Kominterni_Eesti_sektsioon_Moskvas, lk 16
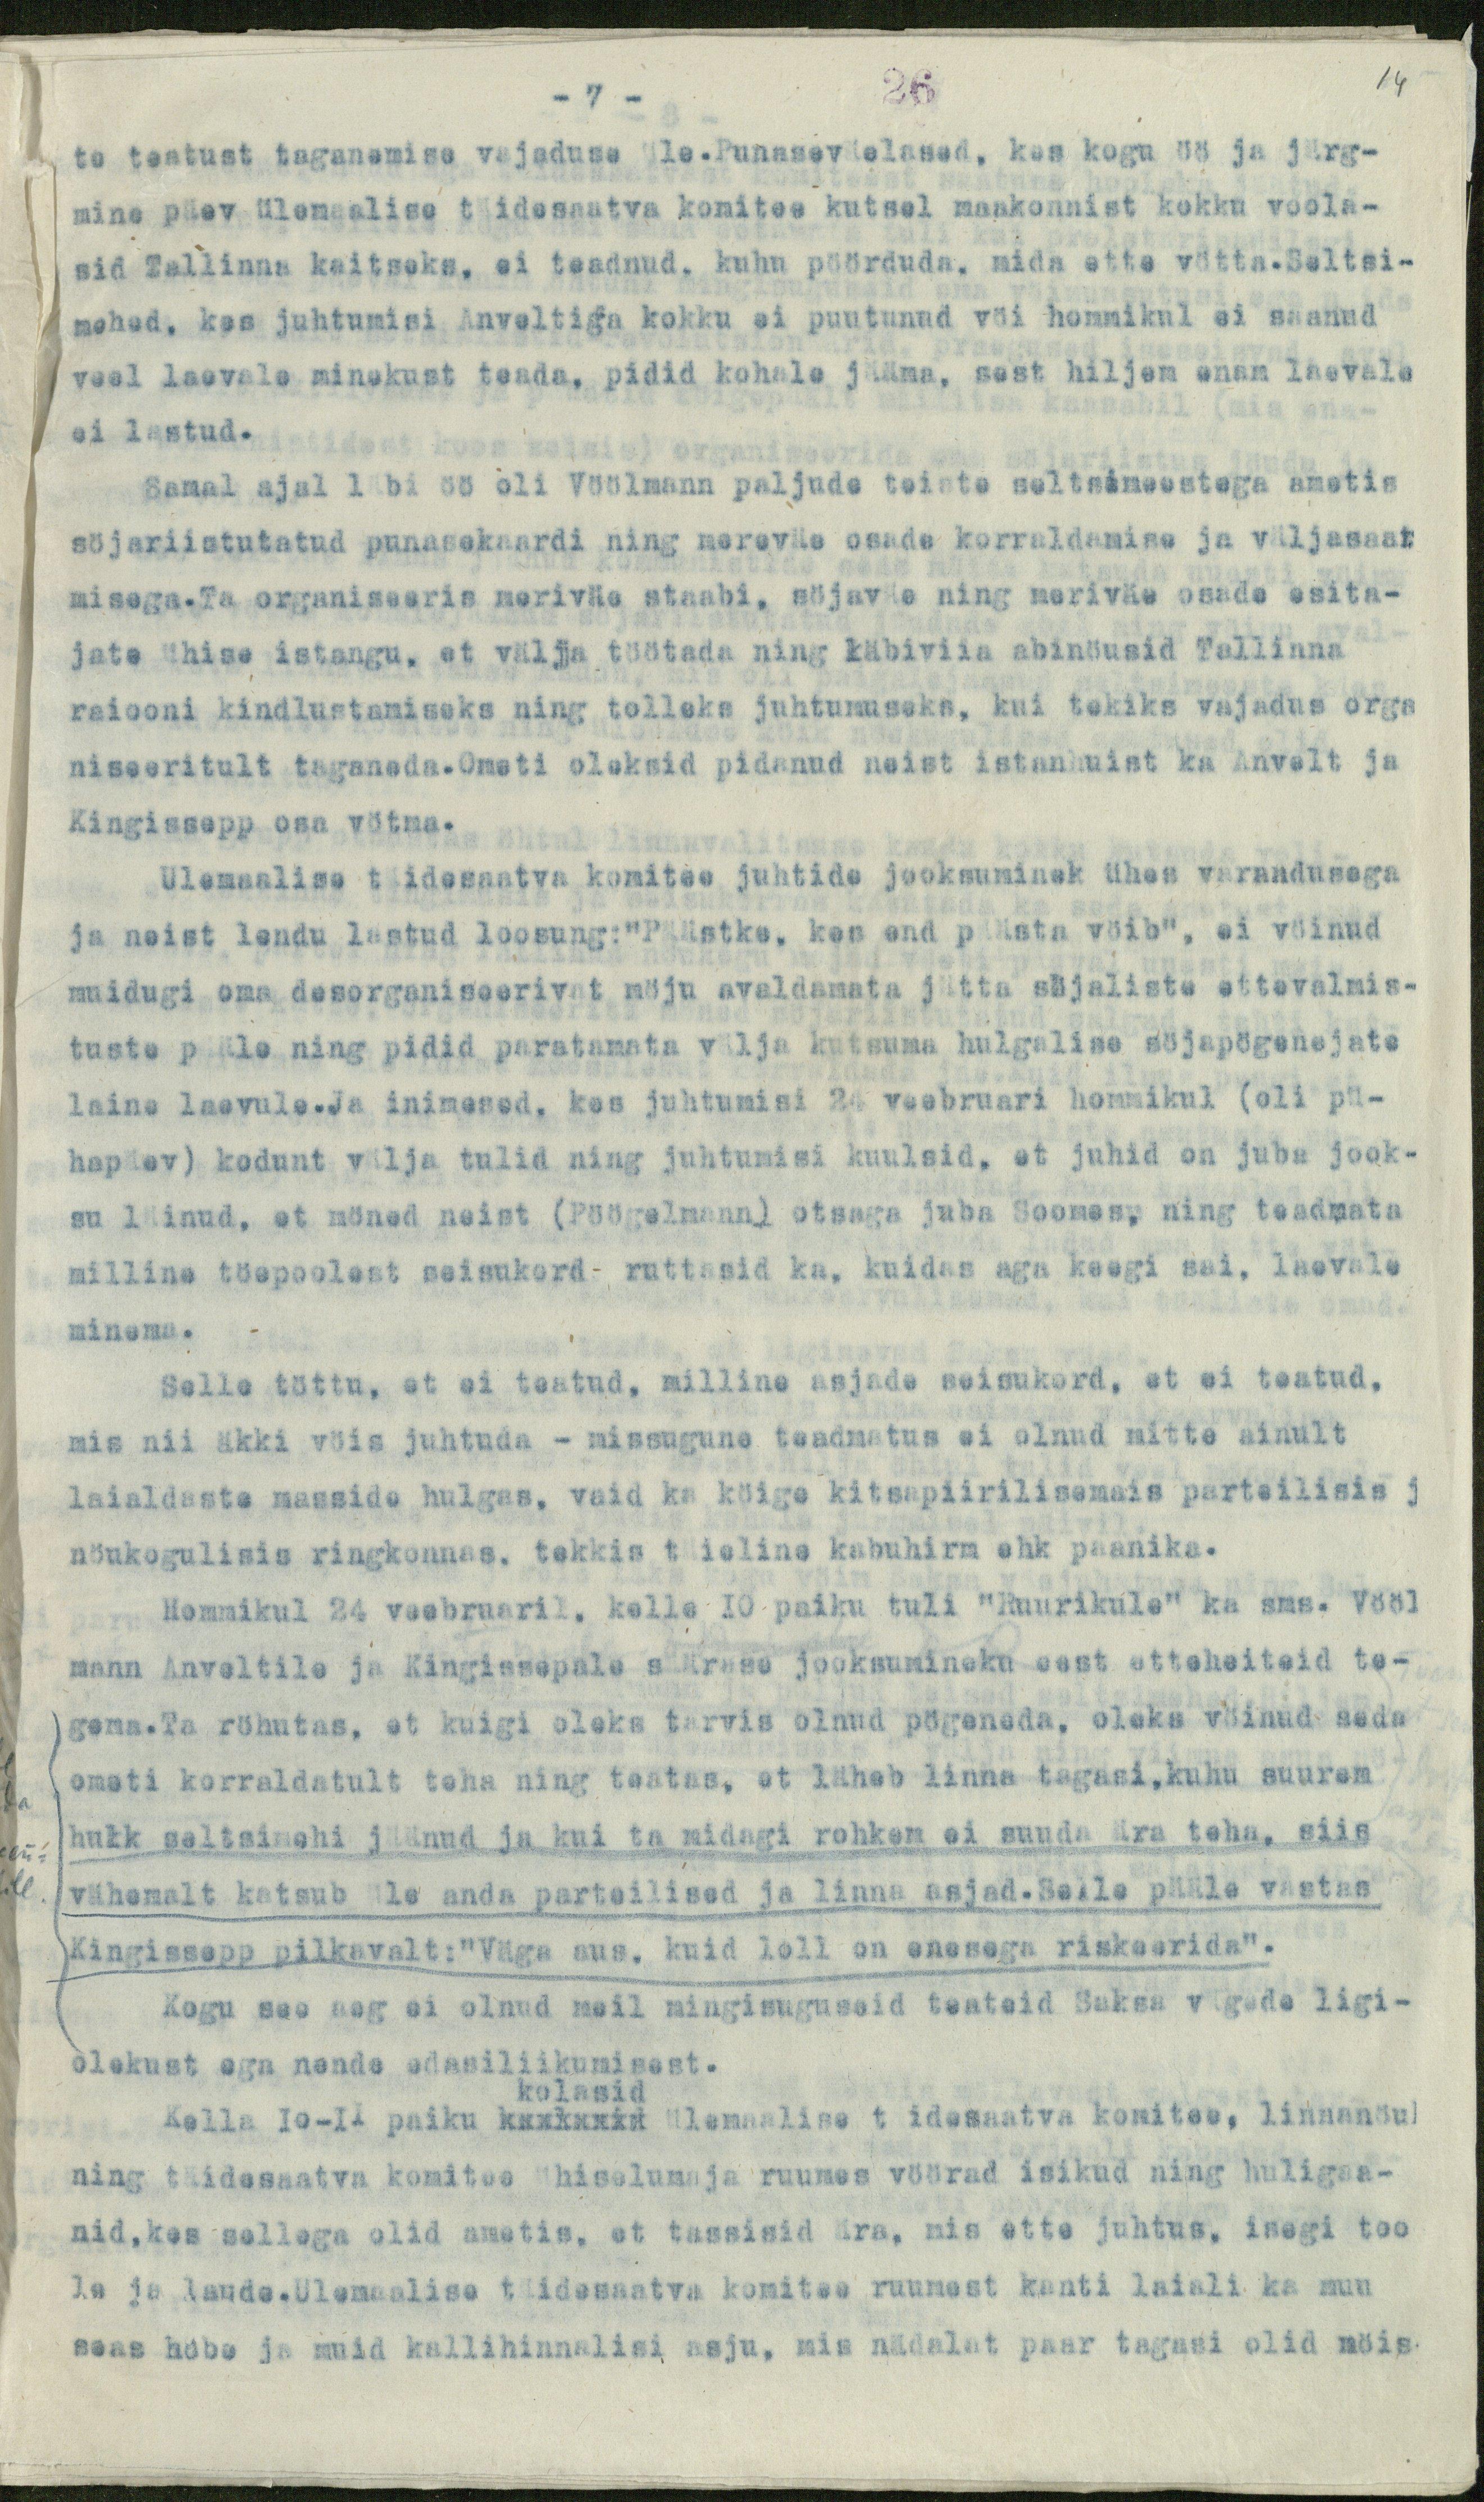
- 7 -
26
14
te teatust taganemise vajaduse üle.Punaseväelased, kes kogu öö ja järg-
mine päev ülemaalise täidesaatva komitee kutsel maakonnist kokku voola-
sid Tallinna kaitseks, ei teadnud, kuhu pöörduda, mida ette vötta.Seltsi-
mehed, kes juhtumisi Anveltiga kokku ei puutunud vöi hommikul ei saanud
veel laevale minekust teada, pidid kohale jääma, sest hiljem enam laevale
ei lastud.
Samal ajal läbi öö oli Vöölmann paljude teiste seltsimeestega ametis
söjariistutatud punasekaardi ning mereväe osade korraldamise ja väljasaat
misega. Ta organiseeris meriväe staabi, söjaväe ning meriväe osade esita-
jate ühise istangu, et välja töötada ning läbiviia abinöusid Tallinna
raiooni kindlustamiseks ning tolleks juhtumuseks, kui tekiks vajadus orga
niseeritult taganeda.Ometi oleksid pidanud neist istanhuist ka Anvelt ja
Kingissepp osa vötma.
Ulemaalise täidesaatva komitee juhtide jooksuminek ühes varandusega
ja neist lendu lastud loosung: "Päästke, kes end päästa vöib", ei vöinud
muidugi oma desorganiseerivat möju avaldamata jätta söjaliste ettevalmis-
tuste pääle ning pidid paratamata välja kutsuma hulgalise söjapögenejate
laine laevule.Ja inimesed, kes juhtumisi 24 veebruari hommikul (oli pü-
hapäev) kodunt välja tulid ning juhtumisi kuulsid, et juhid on juba jook-
su läinud, et möned neist (Pöögelmann) otsaga juba Soomes, ning teadmata
milline töepoolest seisukord ruttasid ka, kuidas aga keegi sai, laevale
minema.
Selle töttu, et ei teatud, milline asjade seisukord, et ei teatud,
mis nii äkki vöis juhtuda - missugune teadmatus ei olnud mitte ainult
laialdaste masside hulgas, vaid ka köige kitsapiirilisemais parteilisis j
nöukogulisis ringkonnas, tekkis täieline kabuhirm ehk paanika.
Hommikul 24 veebruaril, kelle 10 paiku tuli "Ruurikule" ka sms. Vööl
mann Anveltile ja Kingissepale säärase jooksumineku eest etteheiteid te-
gema. Ta röhutas, et kuigi oleks tarvis olnud pögeneda, oleka vöinud seda
ometi korraldatult teha ning teatas, et läheb linna tagasi, kuhu suurem
hulk seltsimehi jäänud ja kui ta midagi rohkem ei suuda ära teha, siis
vähemalt katsub üle anda parteilised ja linna asjad.Selle pääle vastas
"Kingissepp pilkavalt:"Väga aus, kuid loll on enesega riskeerida".
Kogu see aeg ei olnud meil mingisuguseid teateid Saksa vägede ligi-
olekust ega nende edasiliikumisest.
Kella 10-11 paiku kukkunik ülemaalise täidesaatva komitee, linnanöu
kolasid
ning täidesaatva komitee ühiselumaja ruumes vöörad isikud ning huligaa-
nid, kes sellega olid ametis, et tassisid ära, mis ette juhtus, isegi too-
le ja laude. Ulemaalise täidesaatva komitee ruumest kanti laiali ka muu
seas höbe ja muid kallihinnalisi asju, mis nädalat paar tagasi olid möis-